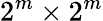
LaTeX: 2^{m}\times 2^{m}